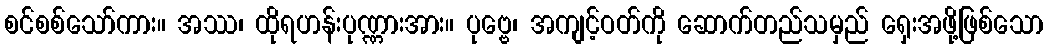
စင်စစ်သော်ကား။ အဿ၊ ထိုရဟန်းပုဏ္ဏားအား။ ပုဗ္ဗေ၊ အကျင့်ဝတ်ကို ဆောက်တည်သမှည် ရှေးအဖို့ဖြစ်သော